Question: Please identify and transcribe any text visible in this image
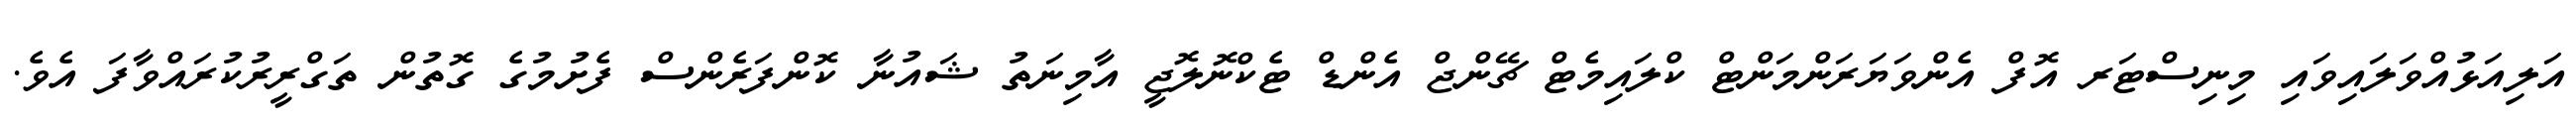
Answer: އަލިއަޅުއްވަލައިވައި މިނިސްޓަރ އޮފް އެންވަޔަރަންމަންޓް ކްލައިމެޓް ޗޭންޖް އެންޑް ޓެކްނޮލޮޖީ އާމިނަތު ޝައުނާ ކޮންފަރެންސް ފެށުމުގެ ގޮތުން ތަގްރީރުކުރައްވާފަ އެވެ.